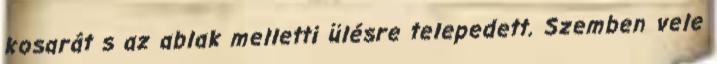
kosarát s az ablak melletti ülésre telepedett. Szemben vele